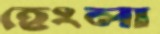
হেংলা